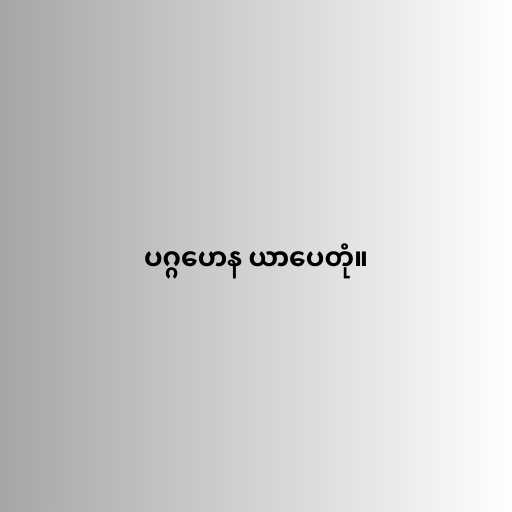
ပဂ္ဂဟေန ယာပေတုံ။